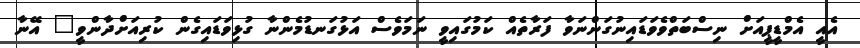
އެއީ އެމްޑީޕީއަށް ނިސްބަތްވެވަޑައިނުގަންނަވާ ފަރާތެއް ކަމުގައިވީ ނަމަވެސް އަޅުގަނޑުމެންނާ ގުޅިވަޑައިގެން ކުރިއަށްދާންވީ" އޭނާ